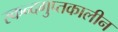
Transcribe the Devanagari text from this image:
स्कन्दगुप्तकालीन